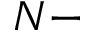
N -